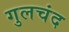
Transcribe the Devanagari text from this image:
गुलचंद